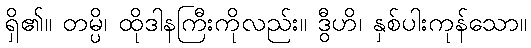
ရှိ၏။ တမ္ပိ၊ ထိုဒါနကြီးကိုလည်း။ ဒွီဟိ၊ နှစ်ပါးကုန်သော။